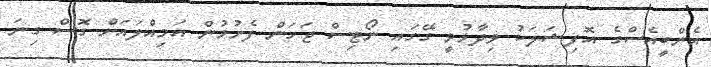
އެންބީއެސްގެ އޮފިޝަލަކު ވިދާޅުވީ ގޭގައި ނޯޓިސް ޖަހަން ފެށުމުން އަމިއްލައަށް ގޮސް ގިނަ